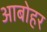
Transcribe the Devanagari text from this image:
आबोहर